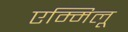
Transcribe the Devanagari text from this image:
एम्मिलू